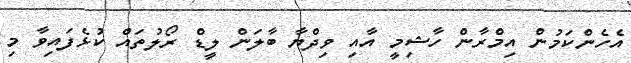
އެހެންކަމުން އިމްރާން ހާޝިމީ އާއި ވިދްޔާ ބާލަން ލީޑް ރޯލުތައް ކުޅެފައިވާ މި